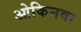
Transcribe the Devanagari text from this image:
ओकिनवा